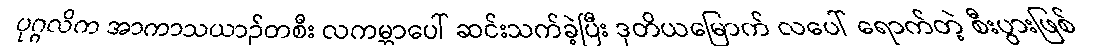
ပုဂ္ဂလိက အာကာသယာဉ်တစီး လကမ္ဘာပေါ် ဆင်းသက်ခဲ့ပြီး ဒုတိယမြောက် လပေါ် ရောက်တဲ့ စီးပွားဖြစ်